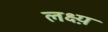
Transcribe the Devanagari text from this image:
लक्ष्य़